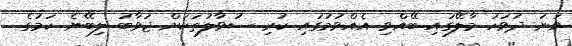
ވަނަ ދުވަހު މާލޭގައި ބޭއްވި އެއްވުމުގައި ކުރި ސުވާލުތަކަށް ޖަވާބު ލިބޭނެ ކަމުގެ